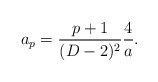
\begin{align*}a_p={{p+1}\over{(D-2)^2}}{4\over a}.\end{align*}